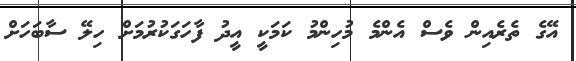
އޭގެ ތެރެއިން ވެސް އެންމެ މުހިންމު ކަމަކީ އީދު ފާހަގަކުރުމަށް ހިލޭ ސާބަހަށް